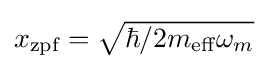
{\textstyle x_{\text{zpf}}={\sqrt {\hbar /2m_{\text{eff}}\omega _{m}}}}